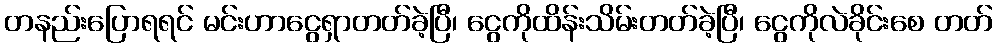
တနည်းပြောရရင် မင်းဟာငွေရှာတတ်ခဲ့ပြီ၊ ငွေကိုထိန်းသိမ်းတတ်ခဲ့ပြီ၊ ငွေကိုလဲခိုင်းစေ တတ်